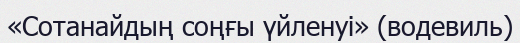
«Сотанайдың соңғы үйленуі» (водевиль)